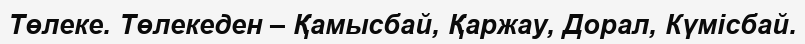
Төлеке. Төлекеден – Қамысбай, Қаржау, Дорал, Күмісбай.